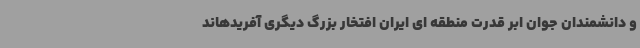
و دانشمندان جوان ابر قدرت منطقه ای ایران افتخار بزرگ دیگری آفریدهاند